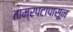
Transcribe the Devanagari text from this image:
ताम्रपटापासून